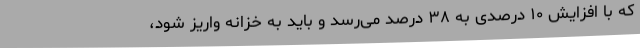
که با افزایش ۱۰ درصدی به ۳۸ درصد می‌رسد و باید به خزانه واریز شود،